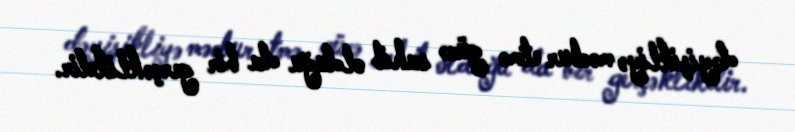
dəyişikliyə məcbur etmə gücə sahib olduğu da bir gerçəklikdir.